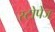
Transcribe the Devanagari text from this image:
स्टोपेज